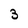
Character: 3